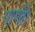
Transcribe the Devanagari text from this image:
पाणी।